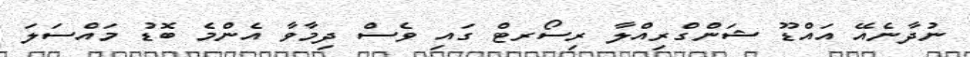
ނުދާނެއޭ އައްޑޫ ޝަންގްރިއްލާ ރިސޯރޓް ގައި ވެސް ދިމާވާ އެންމެ ބޮޑު މައްސަލަ